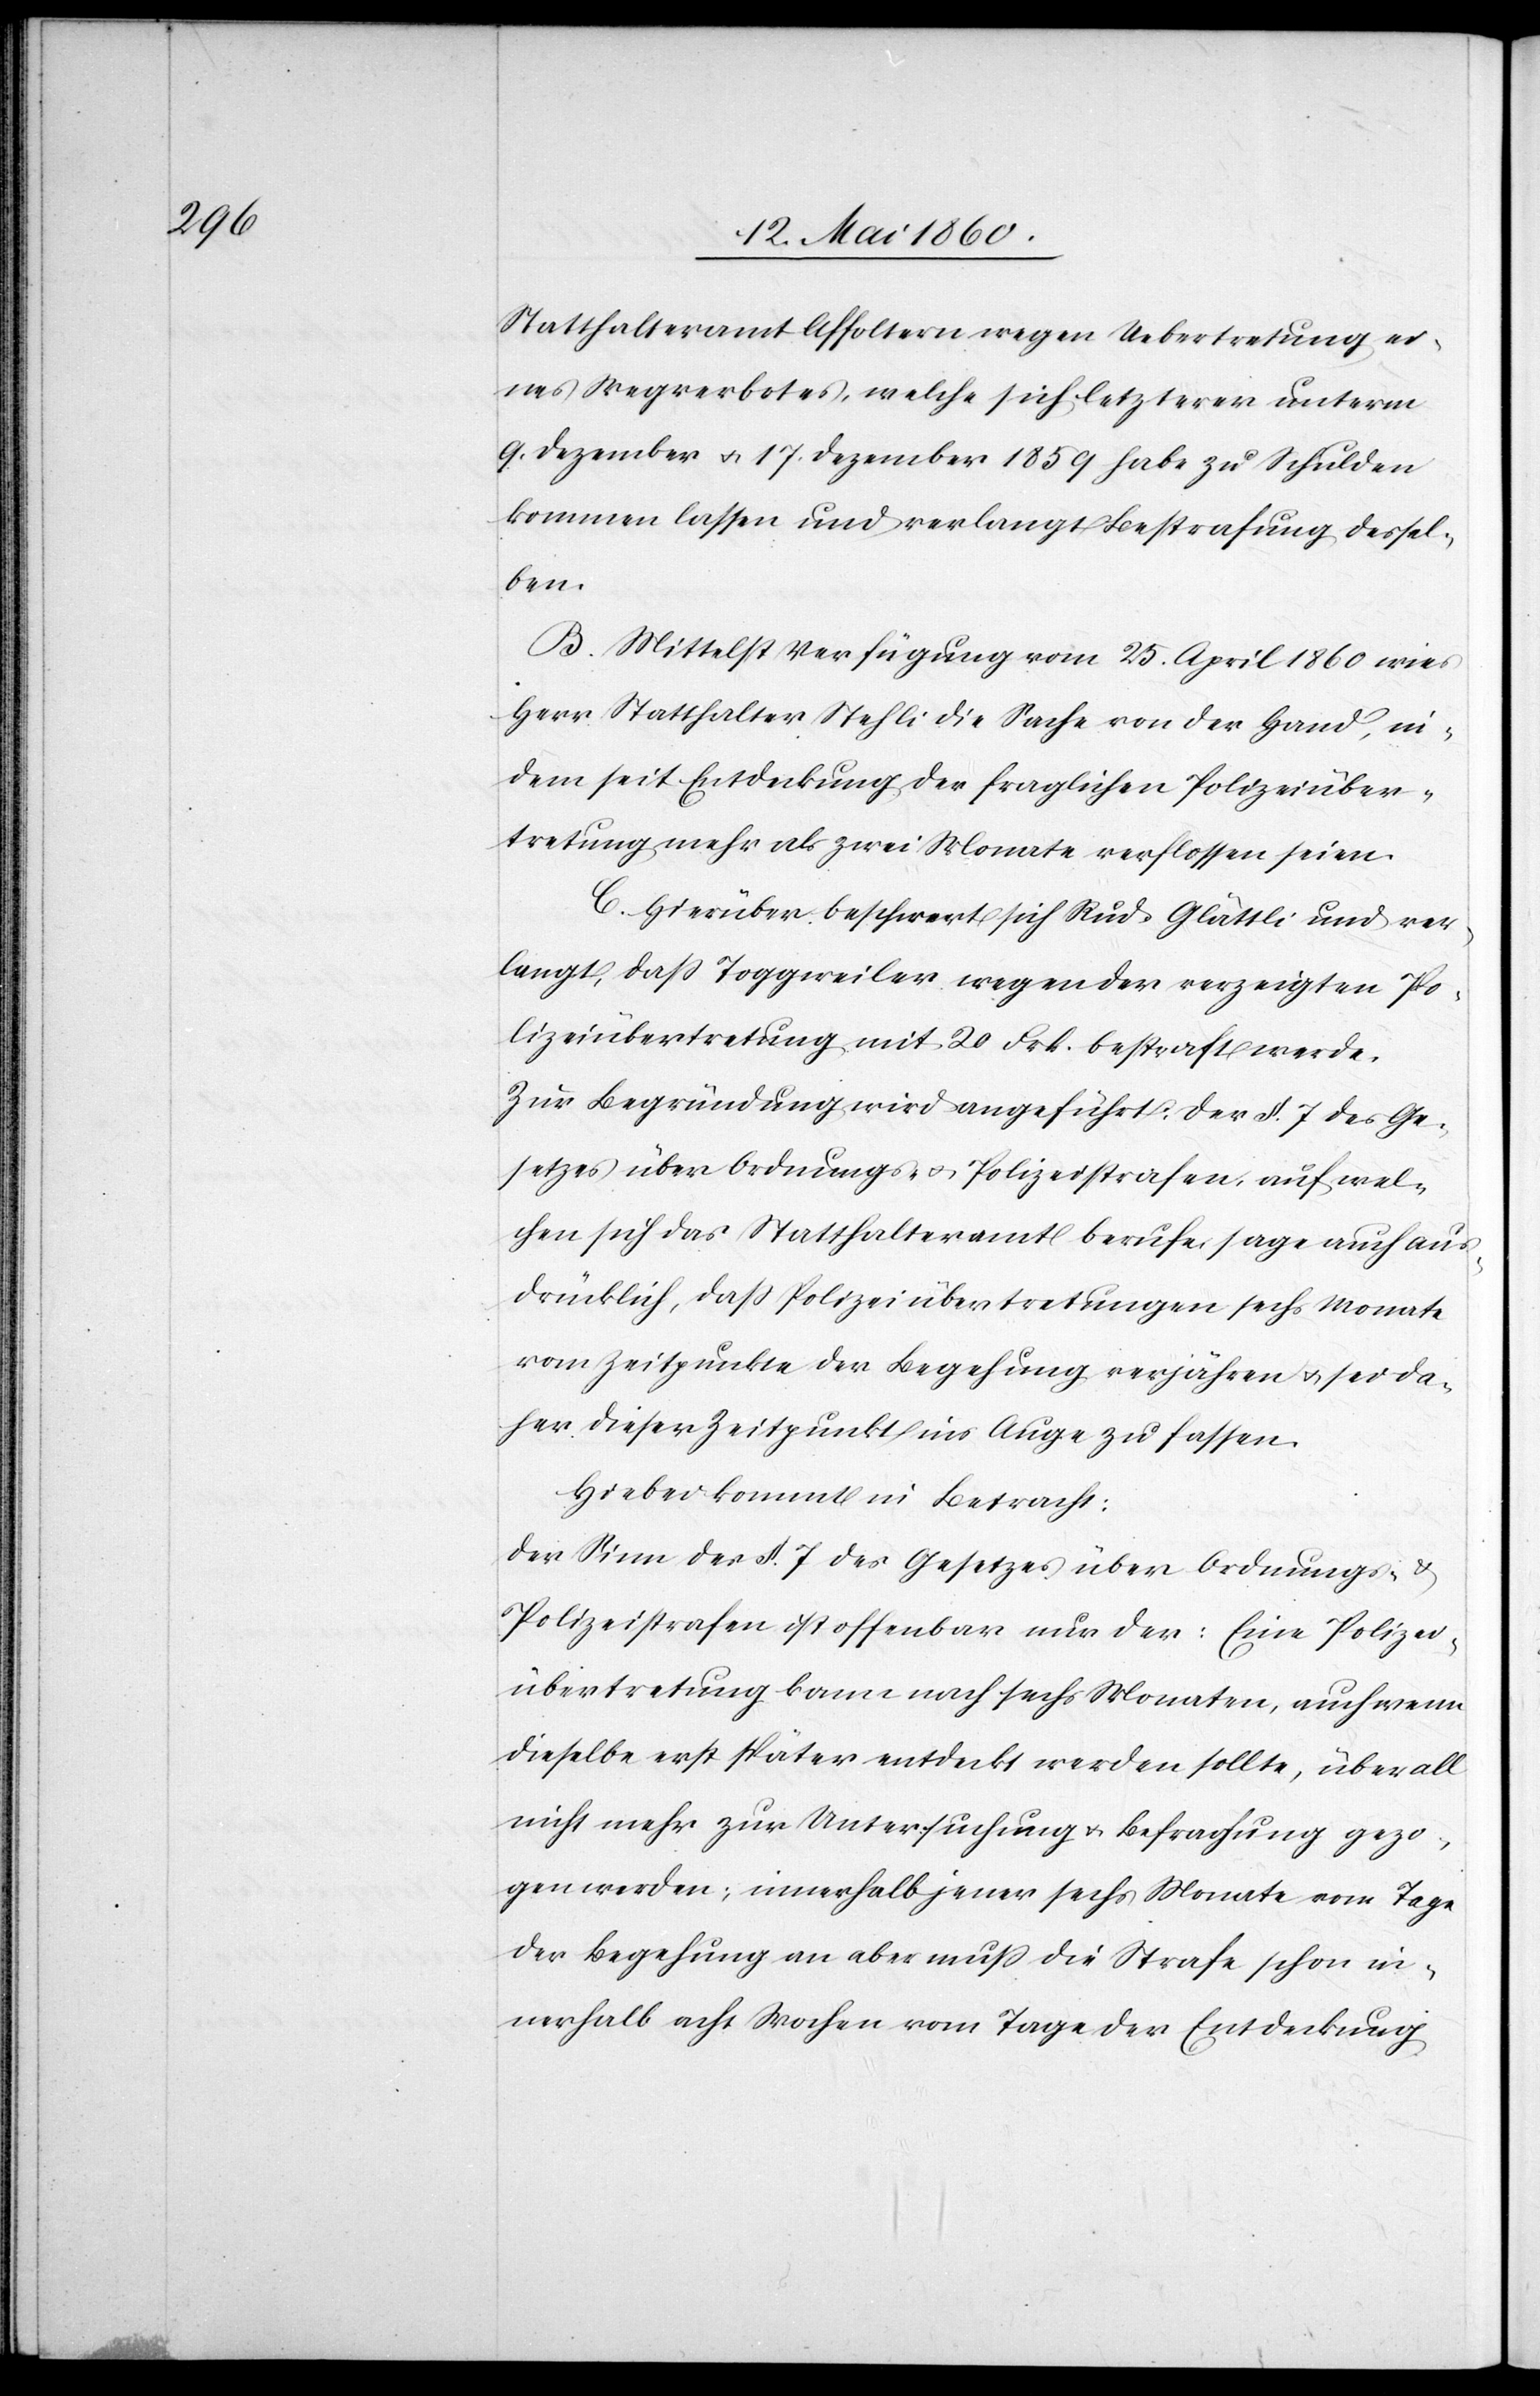
Statthalteramt Affoltern wegen Uebertretung ei¬
nes Wegverbotes, welche sich letzterer unterm
9. Dezember u. 17. Dezember 1859 habe zu Schulden
kommen lassen und verlangt Bestrafung dessel¬
ben.
B. Mittelst Verfügung vom 25. April 1860 wies
Herr Statthalter Stehli die Sache von der Hand, in¬
dem seit Entdeckung der fraglichen Polizeiüber¬
tretung mehr als zwei Monate verflossen seien.
C. Hierüber beschwert sich Rud. Glättli und ver¬
langt, dass Toggweiler wegen der verzeigten Po¬
lizeiübertretung mit 20 Frk. bestraft werde.
Zur Begründung wird angeführt: Der §. 7. des Ge¬
setzes über Ordnungs- u. Polizeistrafen, auf wel¬
chen sich das Statthalteramt berufe, sage auch aus¬
drücklich, dass Polizeiübertretungen sechs Monate
vom Zeitpunkte der Begehung verjähren u. sei da¬
her dieser Zeitpunkt ins Auge zu fassen.
Hiebei kommt in Betracht:
Der Sinn des §. 7. des Gesetzes über Ordnungs- u.
Polizeistrafen ist offenbar nur der: Eine Polizei¬
übertretung kann nach sechs Monaten, auch wenn
dieselbe erst später entdeckt werden sollte, überall
nicht mehr zur Untersuchung u. Befragung gezo¬
gen werden; innerhalb jener sechs Monate vom Tage
der Begehung an aber muss die Strafe schon in¬
nerhalb acht Wochen vom Tage der Entdeckung